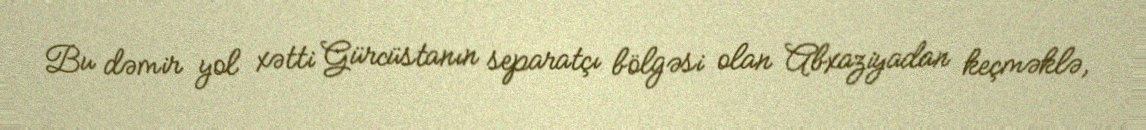
Bu dəmir yol xətti Gürcüstanın separatçı bölgəsi olan Abxaziyadan keçməklə,